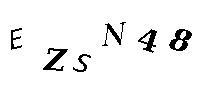
EZSN48